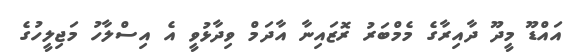
އައްޑޫ މީދޫ ދާއިރާގެ މެމްބަރު ރޮޒައިނާ އާދަމް ވިދާޅުވީ އެ އިސްލާހު މަޖިލީހުގެ